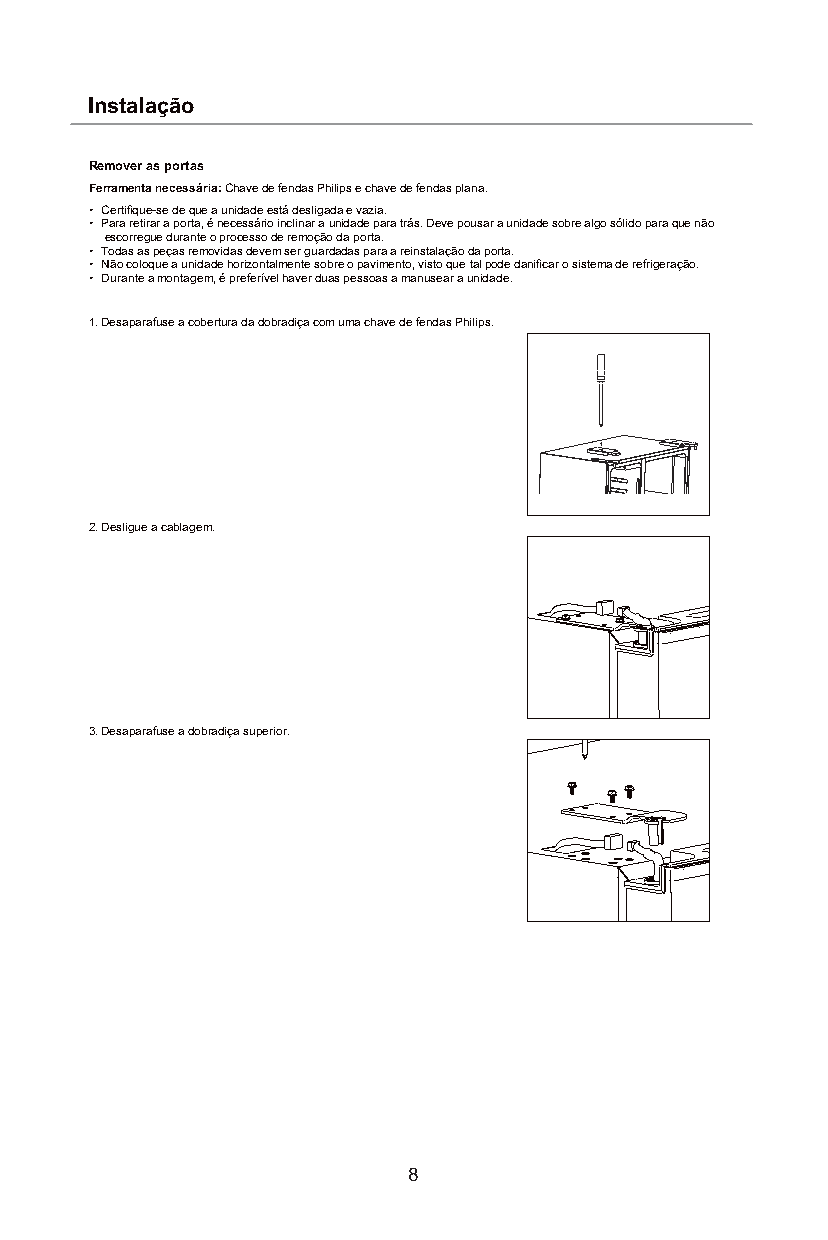
Instalação
 Remover as portas
 Ferramenta necessária: Chave de fendas Philips e chave de fendas plana.
 • Certifique-se de que a unidade está desligada e vazia.
 • Para retirar a porta, é necessário inclinar a unidade para trás. Deve pousar a unidade sobre algo sólido para que não
 escorregue durante o processo de remoção da porta.
 • Todas as peças removidas devem ser guardadas para a reinstalação da porta.
 • Não coloque a unidade horizontalmente sobre o pavimento, visto que tal pode danificar o sistema de refrigeração.
 • Durante a montagem, é preferível haver duas pessoas a manusear a unidade.
 1. Desaparafuse a cobertura da dobradiça com uma chave de fendas Philips.
 2. Desligue a cablagem.
 3. Desaparafuse a dobradiça superior.
 8